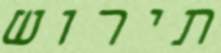
תירוש